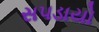
સપડાયો